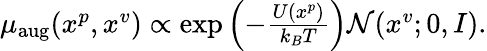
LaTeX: \begin{array}{r}{\textstyle\mu_{\mathrm{aug}}(x^{p},x^{v})\propto\exp\left({-\frac{U(x^{p})}{k_{B}T}}\right)\mathcal{N}(x^{v};0,I).}\end{array}